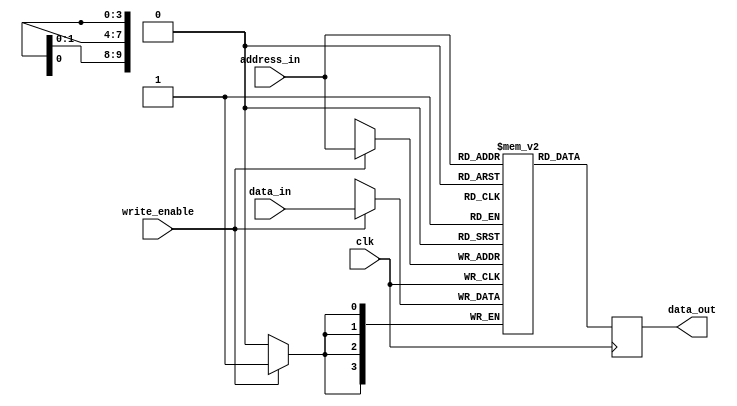
`default_nettype none
module block_ram #(parameter DATA_WIDTH=4, ADDRESS_WIDTH=10)
   (input  wire                      write_enable, clk,
    input  wire  [DATA_WIDTH-1:0]    data_in,
    input  wire  [ADDRESS_WIDTH-1:0] address_in,
    output wire  [DATA_WIDTH-1:0]    data_out);

   localparam WORD  = (DATA_WIDTH-1);
   localparam DEPTH = (2**ADDRESS_WIDTH-1);

   reg [WORD:0] data_out_r;
   reg [WORD:0] memory [0:DEPTH];

   always @(posedge clk) begin
      if (write_enable)
        memory[address_in] <= data_in;
      data_out_r <= memory[address_in];
   end

   assign data_out = data_out_r;
endmodule // block_ram

`default_nettype none
module distributed_ram #(parameter DATA_WIDTH=8, ADDRESS_WIDTH=4)
   (input  wire                      write_enable, clk,
    input  wire  [DATA_WIDTH-1:0]    data_in,
    input  wire  [ADDRESS_WIDTH-1:0] address_in,
    output wire  [DATA_WIDTH-1:0]    data_out);

   localparam WORD  = (DATA_WIDTH-1);
   localparam DEPTH = (2**ADDRESS_WIDTH-1);

   reg [WORD:0] data_out_r;
   reg [WORD:0] memory [0:DEPTH];

   always @(posedge clk) begin
      if (write_enable)
        memory[address_in] <= data_in;
      data_out_r <= memory[address_in];
   end

   assign data_out = data_out_r;
endmodule // distributed_ram

`default_nettype none
module distributed_ram_manual #(parameter DATA_WIDTH=8, ADDRESS_WIDTH=4)
   (input  wire                      write_enable, clk,
    input  wire  [DATA_WIDTH-1:0]    data_in,
    input  wire  [ADDRESS_WIDTH-1:0] address_in,
    output wire  [DATA_WIDTH-1:0]    data_out);

   localparam WORD  = (DATA_WIDTH-1);
   localparam DEPTH = (2**ADDRESS_WIDTH-1);

   reg [WORD:0] data_out_r;
   (* ram_style = "block" *) reg [WORD:0] memory [0:DEPTH];

   always @(posedge clk) begin
      if (write_enable)
        memory[address_in] <= data_in;
      data_out_r <= memory[address_in];
   end

   assign data_out = data_out_r;
endmodule // distributed_ram

`default_nettype none
module distributed_ram_manual_syn #(parameter DATA_WIDTH=8, ADDRESS_WIDTH=4)
   (input  wire                      write_enable, clk,
    input  wire  [DATA_WIDTH-1:0]    data_in,
    input  wire  [ADDRESS_WIDTH-1:0] address_in,
    output wire  [DATA_WIDTH-1:0]    data_out);

   localparam WORD  = (DATA_WIDTH-1);
   localparam DEPTH = (2**ADDRESS_WIDTH-1);

   reg [WORD:0] data_out_r;
   (* synthesis, ram_block *) reg [WORD:0] memory [0:DEPTH];

   always @(posedge clk) begin
      if (write_enable)
        memory[address_in] <= data_in;
      data_out_r <= memory[address_in];
   end

   assign data_out = data_out_r;
endmodule // distributed_ram